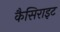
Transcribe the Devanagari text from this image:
कैसिराइट